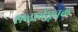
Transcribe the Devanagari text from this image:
शब्दार्थसूचक